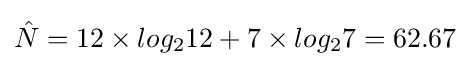
{\hat {N}}=12\times log_{2}12+7\times log_{2}7=62.67